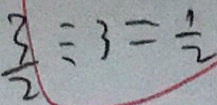
\frac { 3 } { 2 } \div 3 = \frac { 1 } { 2 }